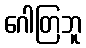
ဂေါတြဘူ